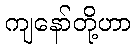
ကျနော်တို့ဟာ